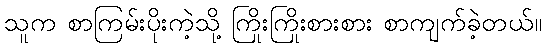
သူက စာကြမ်းပိုးကဲ့သို့ ကြိုးကြိုးစားစား စာကျက်ခဲ့တယ်။